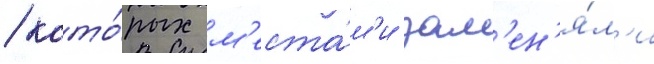
/ кото́рых м'еста́м'и зам'ен'я́л'и